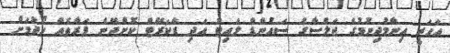
އަހަރީ އިނާމުދިނުމުގެ ޖަލްސާގެ ސައުންޑް ލައިޓް އަދި ޑެކަރޭޓް ކޮށްދޭނެ ފަރާތެއް ހޯދުމަށް